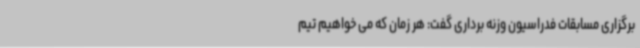
برگزاری مسابقات فدراسیون وزنه برداری گفت: هر زمان که می خواهیم تیم